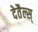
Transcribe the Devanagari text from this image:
देतैल्स्